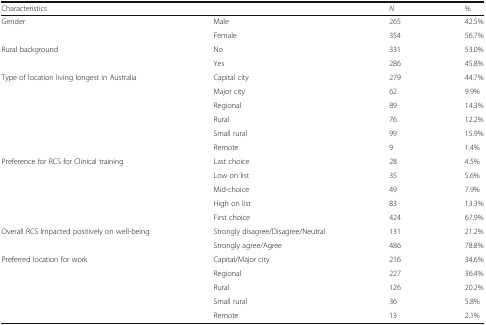
<table><thead><tr><td><b>Characteristics</b></td><td></td><td><b><i>N</i></b></td><td><b>%</b></td></tr></thead><tbody><tr><td rowspan="2">Gender</td><td>Male</td><td>265</td><td>42.5%</td></tr><tr><td>Female</td><td>354</td><td>56.7%</td></tr><tr><td rowspan="2">Rural background</td><td>No</td><td>331</td><td>53.0%</td></tr><tr><td>Yes</td><td>286</td><td>45.8%</td></tr><tr><td rowspan="6">Type of location living longest in Australia</td><td>Capital city</td><td>279</td><td>44.7%</td></tr><tr><td>Major city</td><td>62</td><td>9.9%</td></tr><tr><td>Regional</td><td>89</td><td>14.3%</td></tr><tr><td>Rural</td><td>76</td><td>12.2%</td></tr><tr><td>Small rural</td><td>99</td><td>15.9%</td></tr><tr><td>Remote</td><td>9</td><td>1.4%</td></tr><tr><td rowspan="5">Preference for RCS for Clinical training</td><td>Last choice</td><td>28</td><td>4.5%</td></tr><tr><td>Low on list</td><td>35</td><td>5.6%</td></tr><tr><td>Mid-choice</td><td>49</td><td>7.9%</td></tr><tr><td>High on list</td><td>83</td><td>13.3%</td></tr><tr><td>First choice</td><td>424</td><td>67.9%</td></tr><tr><td rowspan="2">Overall RCS Impacted positively on well-being</td><td>Strongly disagree/Disagree/Neutral</td><td>131</td><td>21.2%</td></tr><tr><td>Strongly agree/Agree</td><td>486</td><td>78.8%</td></tr><tr><td rowspan="5">Preferred location for work</td><td>Capital/Major city</td><td>216</td><td>34.6%</td></tr><tr><td>Regional</td><td>227</td><td>36.4%</td></tr><tr><td>Rural</td><td>126</td><td>20.2%</td></tr><tr><td>Small rural</td><td>36</td><td>5.8%</td></tr><tr><td>Remote</td><td>13</td><td>2.1%</td></tr></tbody></table>